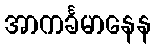
အာကင်္ခမာနေန